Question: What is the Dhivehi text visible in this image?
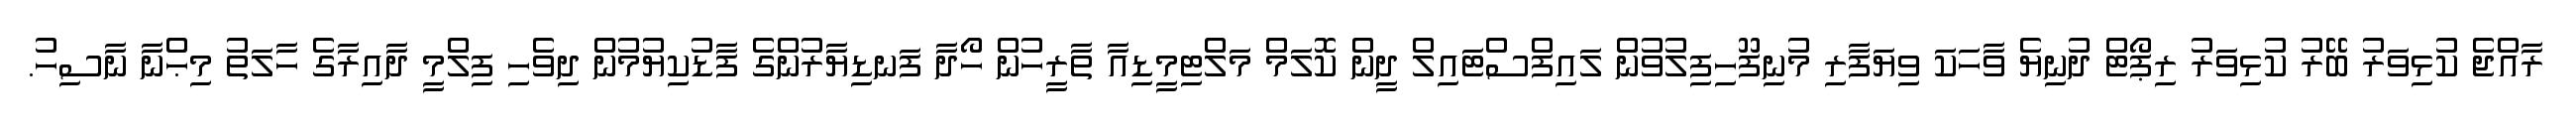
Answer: ރާއްޖެ ކުޅިވަރު ބޭރު ކުޅިވަރު ރިޕޯޓް ދުނިޔެ ވާހަކަ ވިޔަފާރި މުނިފޫހިފިލުވުން ލައިފްސްޓައިލް ދީން ކޮލަމް މަލްޓިމީޑިއާ ތާރީހުން ހޯދާ ފަނޑިޔާރުންގެ ފާޑުކިޔުމުން ދިވެހި ފިލްމީ ދާއިރާގެ ހާލަތު މިޙްނާ ނާސިހު.